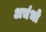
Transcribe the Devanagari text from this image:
अचंभो